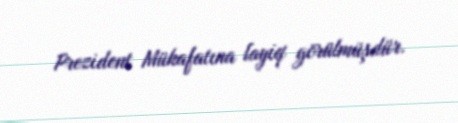
Prezident Mükafatına layiq görülmüşdür.